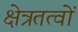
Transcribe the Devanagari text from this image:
क्षेत्रतत्वों